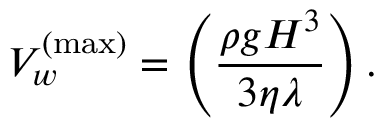
V _ { w } ^ { \mathrm { ( m a x ) } } = \left( \frac { \rho g H ^ { 3 } } { 3 \eta \lambda } \right) .